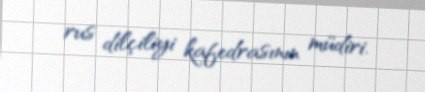
rus dilçiliyi kafedrasının müdiri.